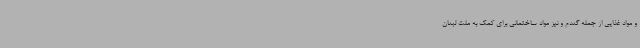
و مواد غذایی از جمله گندم و نیز مواد ساختمانی برای کمک به ملت لبنان